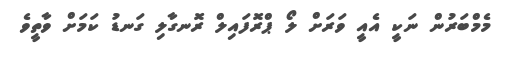
މެމްބަރުން ނަކީ އެއީ ވަރަށް ލޯ ޕްރޮފައިލް ރޮނގާލި ގަނޑު ކަމަށް ވާތީވެ